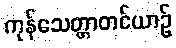
ကုန်သေတ္တာတင်ယာဉ်